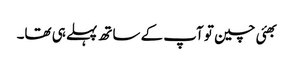
بھئی چین تو آپ کے ساتھ پہلے ہی تھا۔